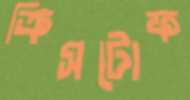
ক্রিসটোফ